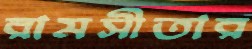
রামসীতার